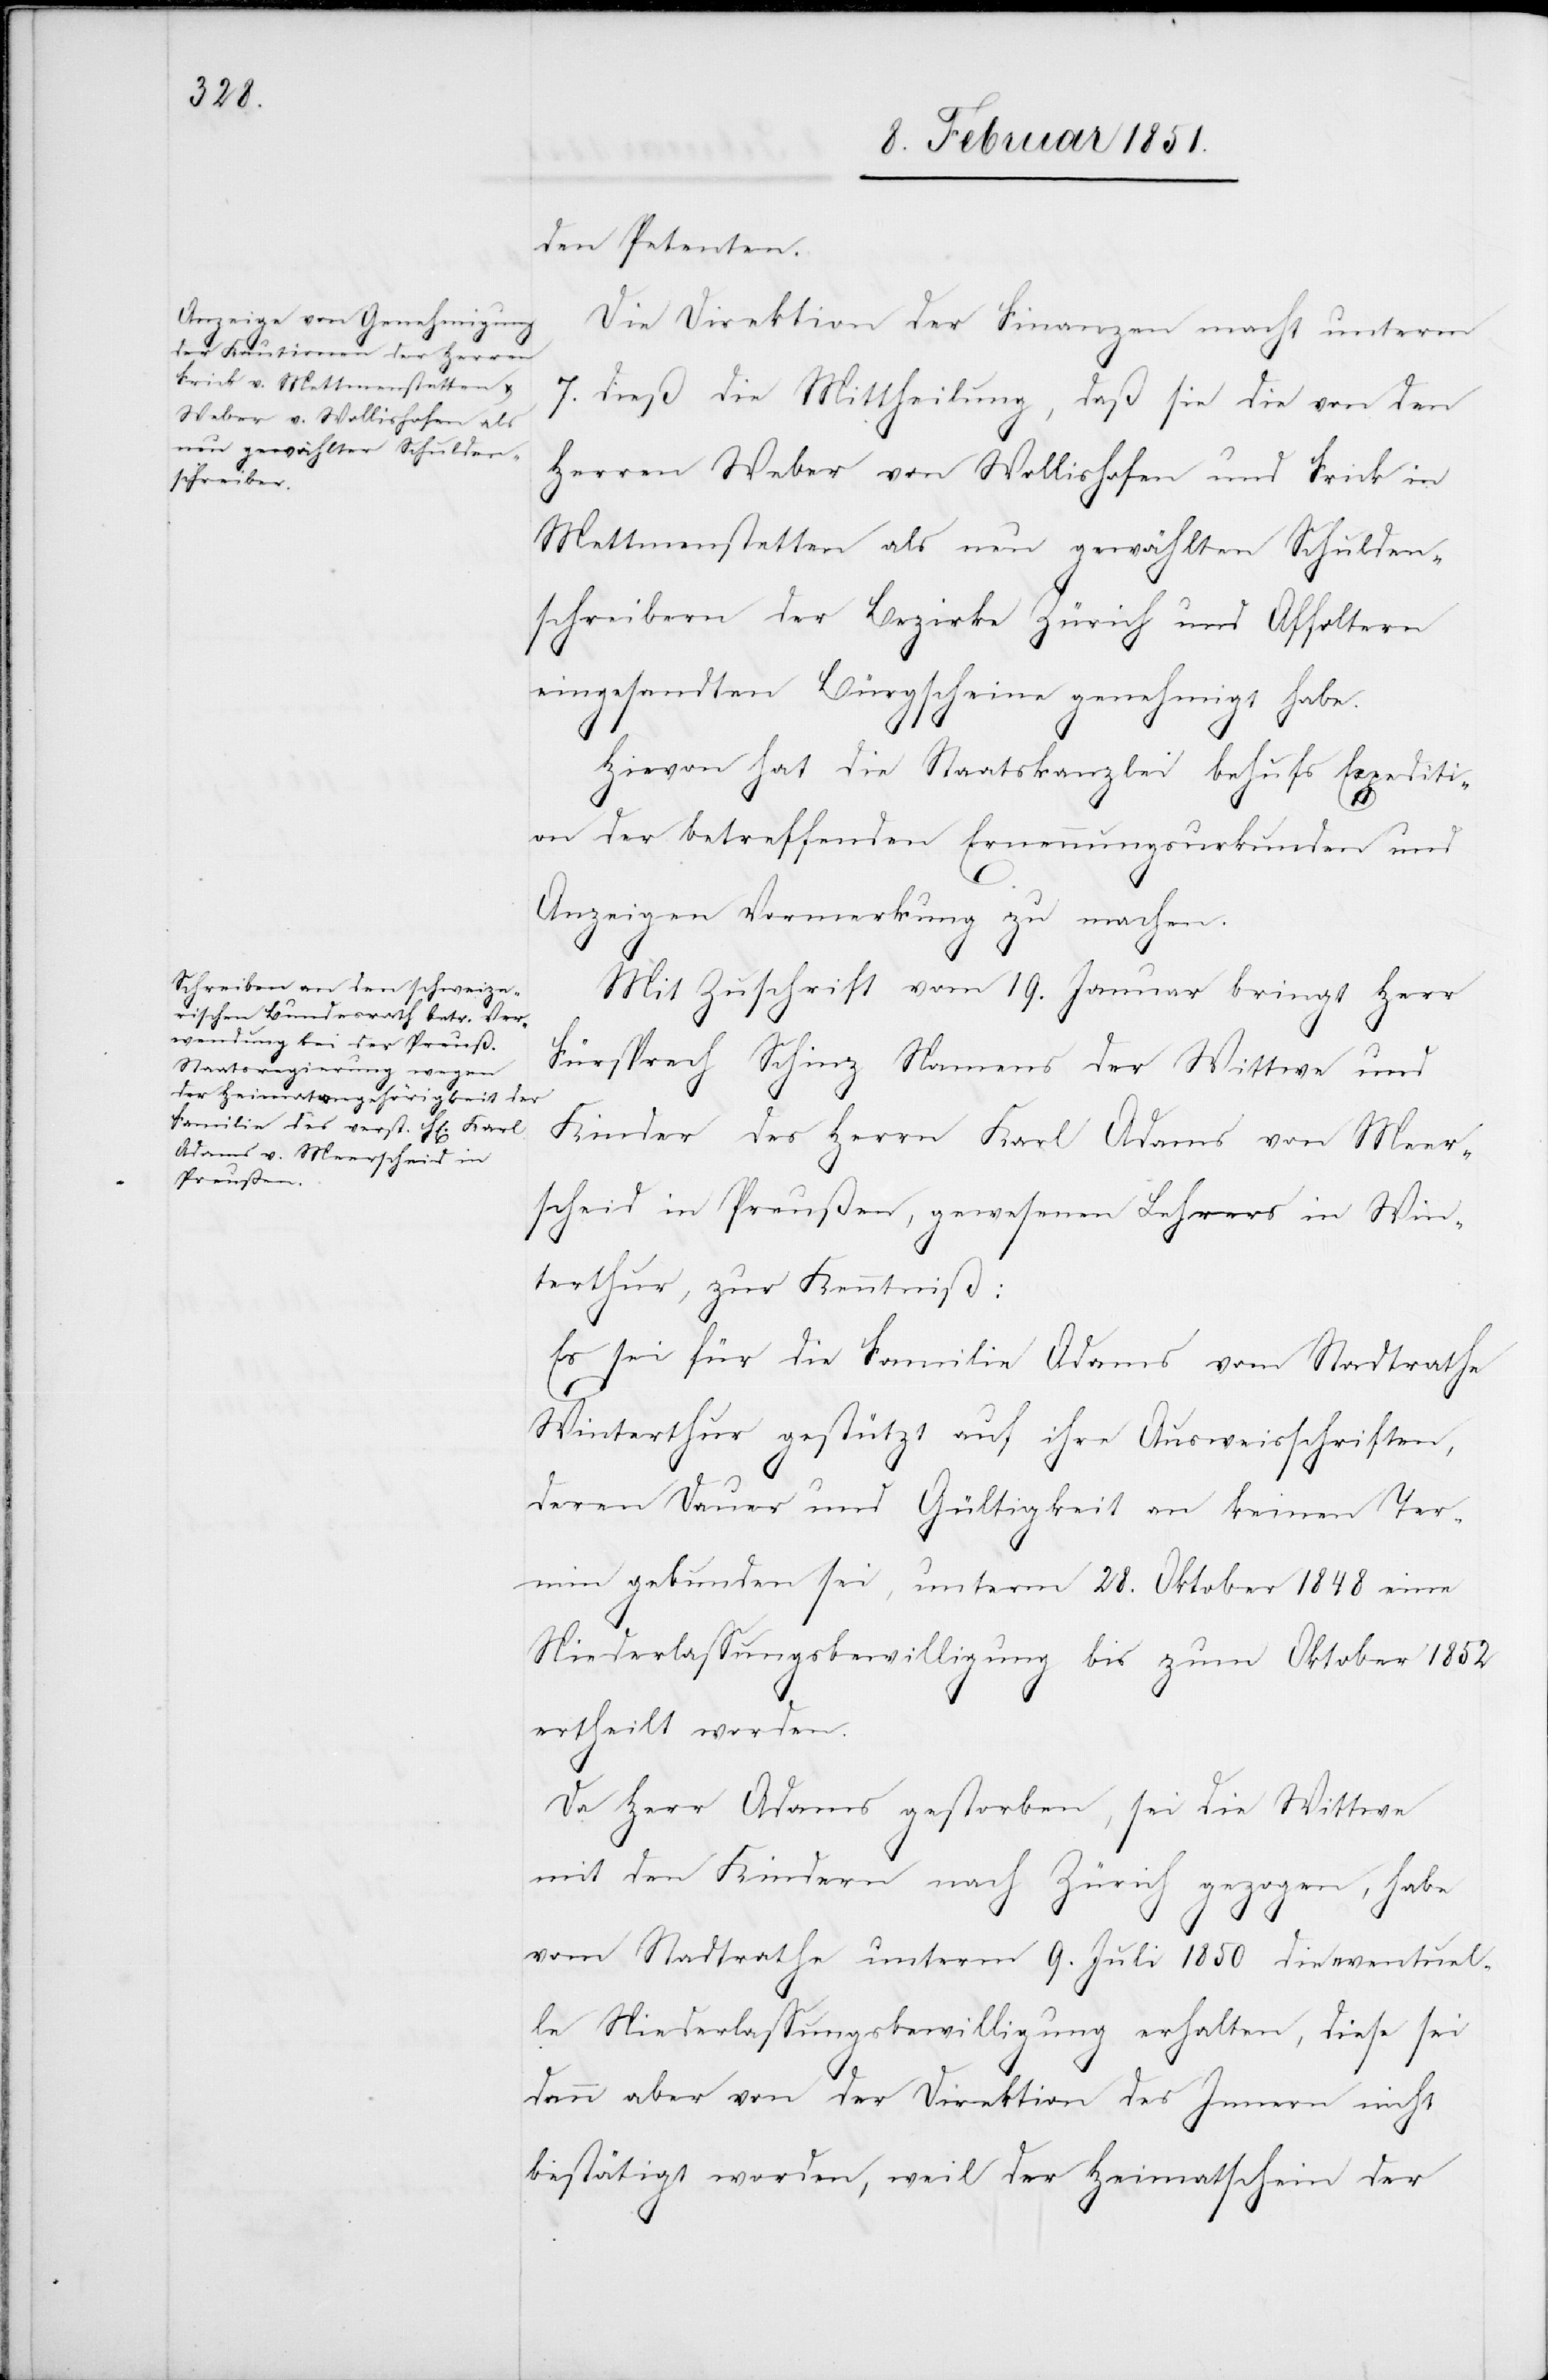
den Petenten.
Die Direktion der Finanzen macht unterm
7. dieß die Mittheilung, daß sie die von den
Herren Weber von Wollishofen und Frick in
Mettmenstetten als neu gewählten Schulden¬
schreibern der Bezirke Zürich und Affoltern
eingesandten Bürgscheine genehmigt habe.
Hievon hat die Staatskanzlei behufs Expediti¬
on der betreffenden Ernennungsurkunden und
Anzeigen Vormerkung zu machen.
Mit Zuschrift vom 19. Januar bringt Herr
Fürsprech Schinz Namens der Wittwe und
Kinder des Herrn Karl Adams von Meer¬
scheid in Preußen, gewesenen Lehrers in Win¬
terthur, zur Kenntniß:
Es sei für die Familie Adams vom Stadtrathe
Winterthur gestützt auf ihre Ausweisschriften,
deren Dauer und Gültigkeit an keinen Ter¬
min gebunden sei, unterm 28. Oktober 1848 eine
Niederlassungsbewilligung bis zum Oktober 1852
ertheilt worden.
Da Herr Adams gestorben, sei die Wittwe
mit den Kindern nach Zürich gezogen, habe
vom Stadtrathe unterm 9. Juli 1850 die eventuel¬
le Niederlassungsbewilligung erhalten, diese sei
dann aber von der Direktion des Innern nicht
bestätigt worden, weil der Heimatschein der